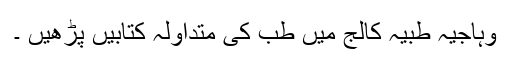
وہاجیہ طبیہ کالج میں طب کی متداولہ کتابیں پڑھیں ۔